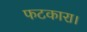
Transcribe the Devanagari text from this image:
फटकारा।